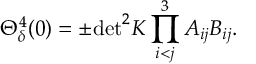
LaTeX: \Theta _ { \delta } ^ { 4 } ( 0 ) = \pm \mathrm { d e t } ^ { 2 } K \prod _ { i < j } ^ { 3 } A _ { i j } B _ { i j } .